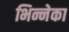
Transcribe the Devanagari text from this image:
भिन्नेका